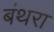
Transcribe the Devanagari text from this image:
बंथरा